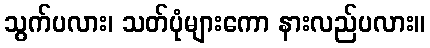
သွက်ပလား၊ သတ်ပုံများကော နားလည်ပလား။